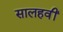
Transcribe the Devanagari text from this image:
सालहवीं